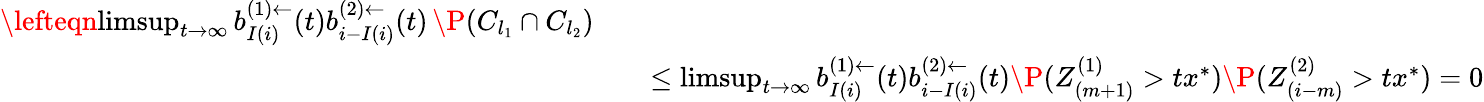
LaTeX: \begin{array}{rlr}{\lefteqn{\operatorname*{limsup}_{t\to\infty}b_{I(i)}^{(1)\leftarrow}(t)b_{i-I(i)}^{(2)\leftarrow}(t)\, \P(C_{l_{1}}\cap C_{l_{2}})}}\\ &{}&{\leq\operatorname*{limsup}_{t\to\infty}b_{I(i)}^{(1)\leftarrow}(t)b_{i-I(i)}^{(2)\leftarrow}(t)\P(Z_{(m+1)}^{(1)}>tx^{*})\P(Z_{(i-m)}^{(2)}>tx^{*})=0}\end{array}